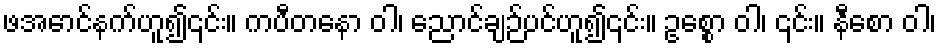
ဖအောင်နက်ဟူ၍၎င်း။ ကပီတနော ဝါ၊ ညောင်ချဉ်ပင်ဟူ၍၎င်း။ ဥစ္စော ဝါ၊ ၎င်း။ နီစော ဝါ၊